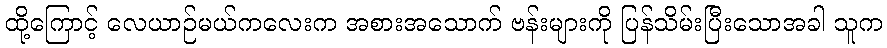
ထို့ကြောင့် လေယာဉ်မယ်ကလေးက အစားအသောက် ဗန်းများကို ပြန်သိမ်းပြီးသောအခါ သူက